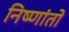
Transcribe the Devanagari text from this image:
निष्णांतो